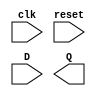
module DFlipFlop_en (
    input wire clk, reset, D,        
    output reg Q         
);

always @(posedge clk or posedge reset) begin
    if (reset)
        q <= 1'b0;  // Reset the output to 0
    else if (en)
        q <= d;     // Capture the input data if enable is high
end

endmodule